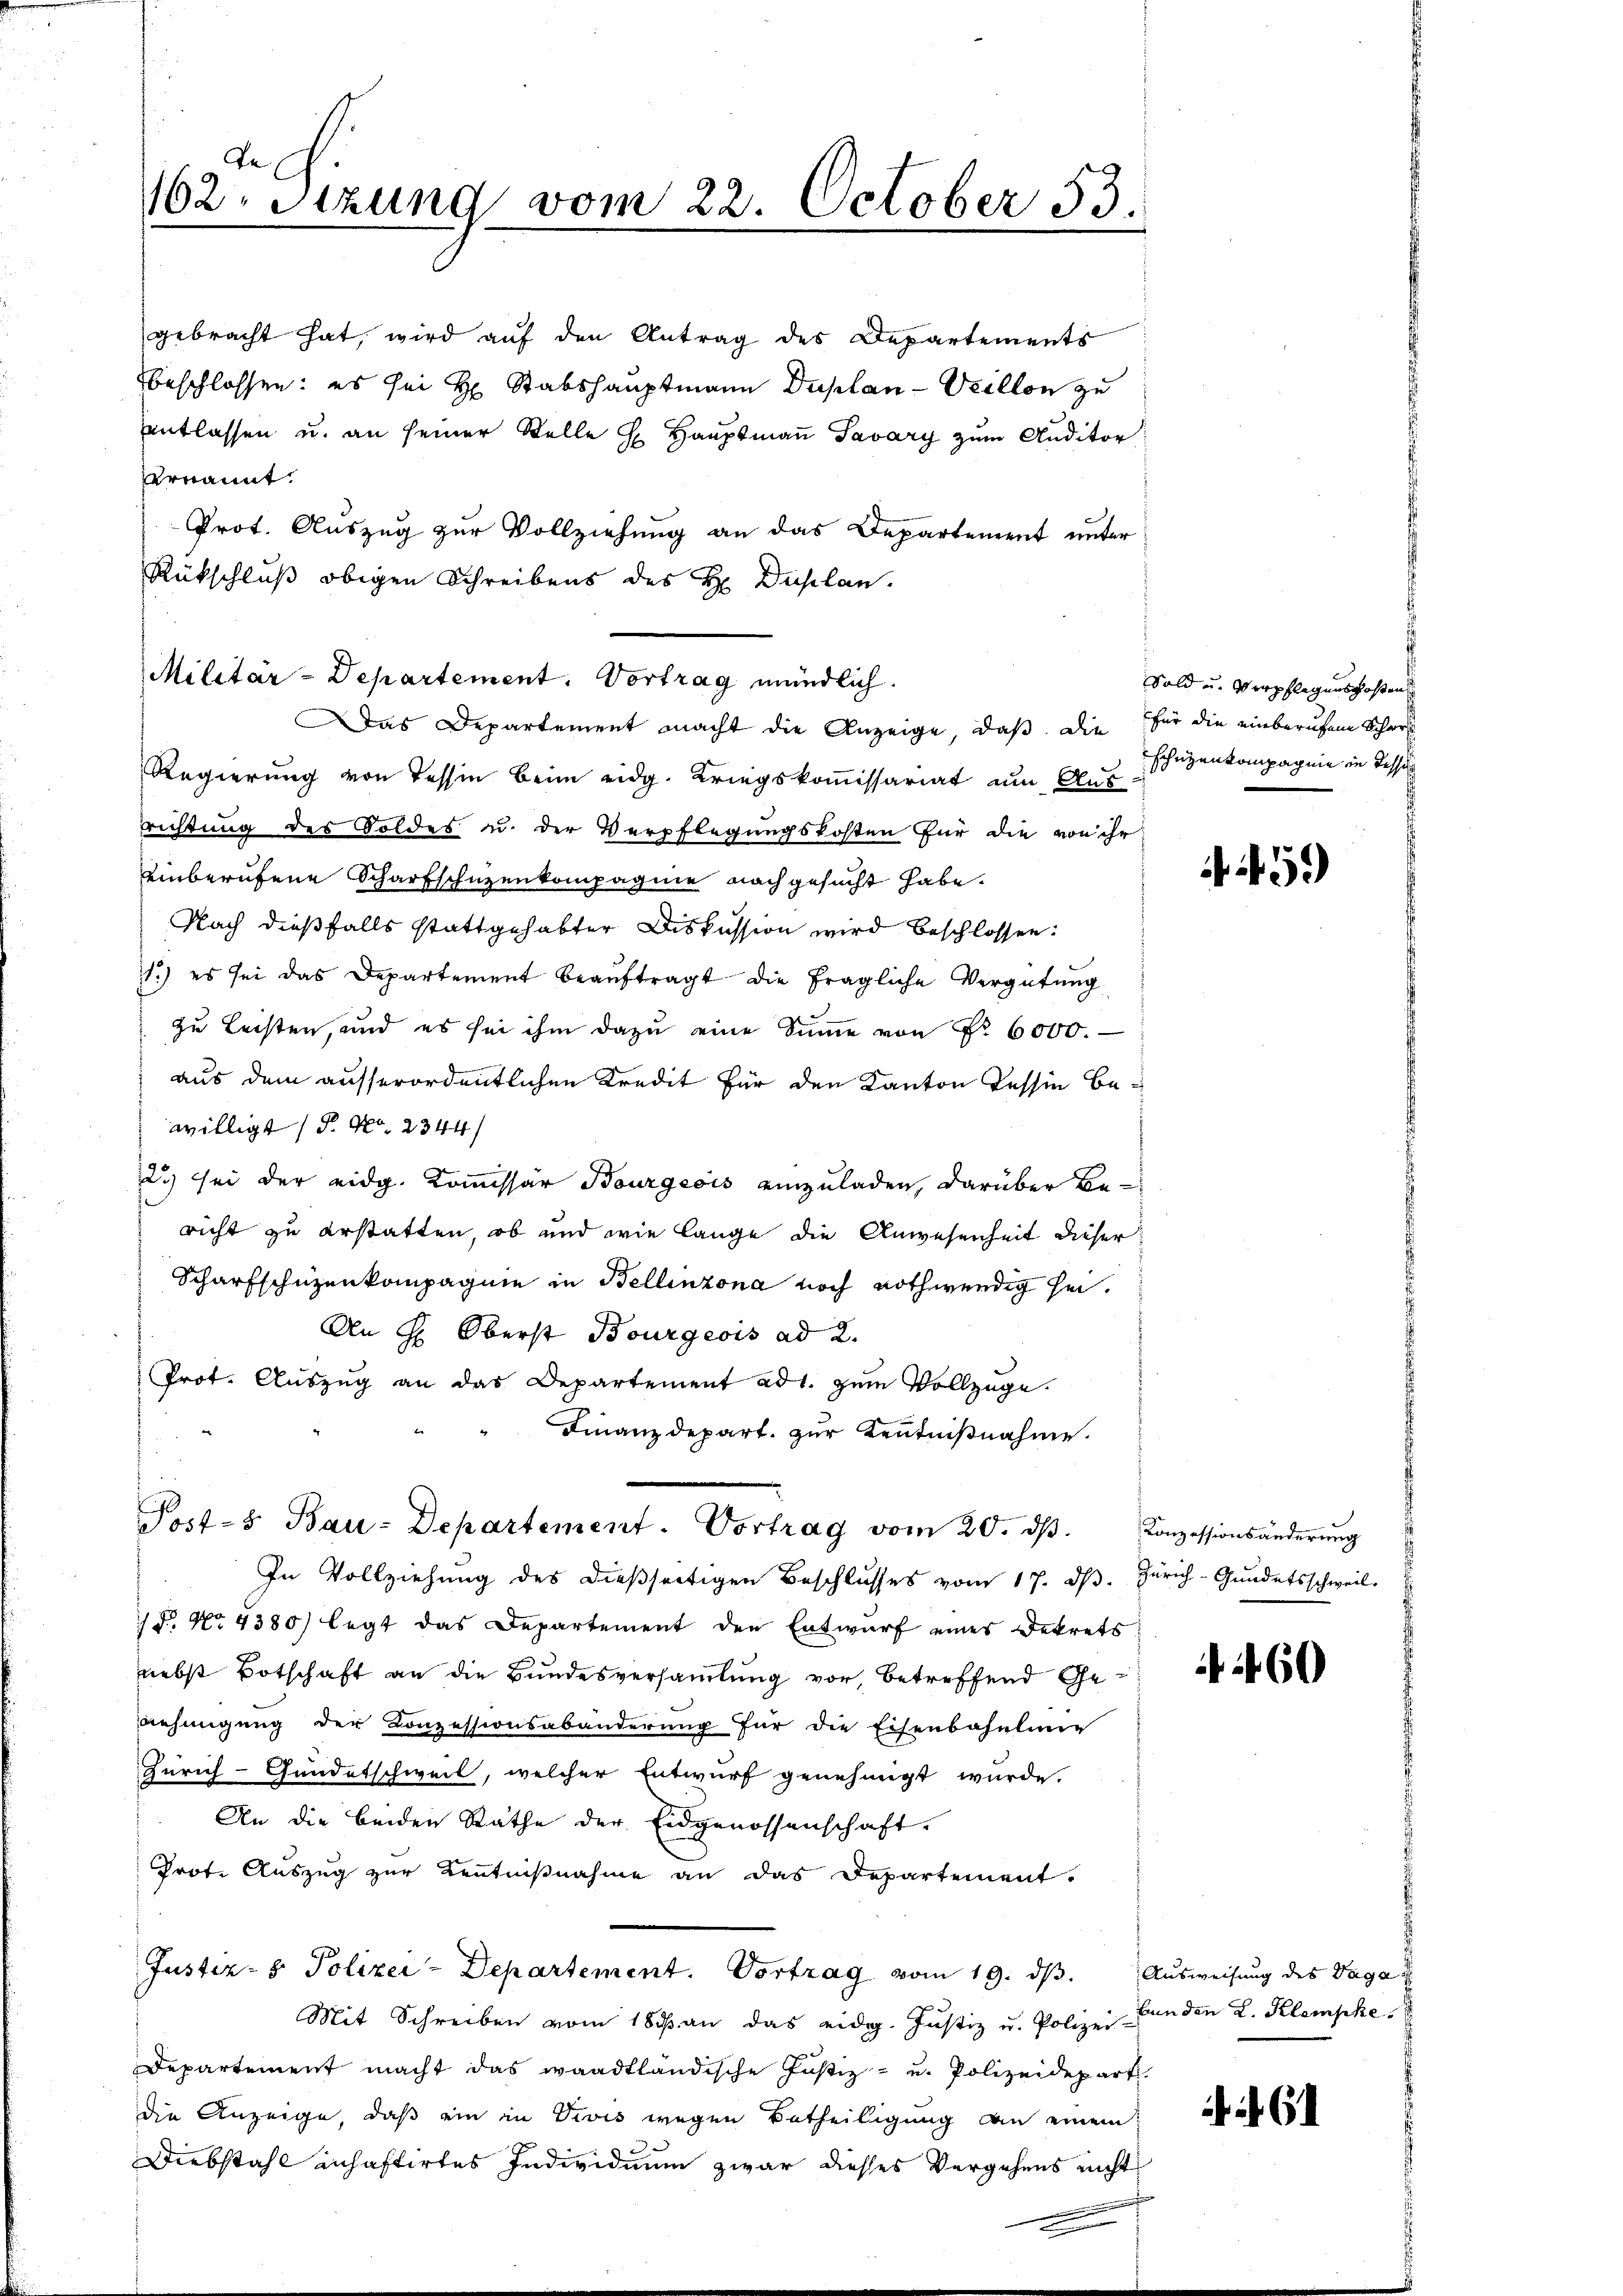
De
162. Sitzung vom 22. October 53

vernannt.
Militär-Departement. Vortrag mündlich.
Das Departement macht die Anzeige, daß die für die einberufene Schwe
Regierung von Tessin beim eidg. Kriegskommissariat um Aus-
richtung des Soldes u. der Verpflegungskosten für die von ihr
einberufene Scharfschüzenkompagnie nachgesucht habe.
Nach dießfalls stattgehabter Diskussion wird beschlossen:
11.) es sei das Departement beauftragt die fragliche Vergütung
zu Leisten, und es sei ihm dazu eine Summe von Nr. 6000.
aus dem ausserordentlichen Kredit für den Kanton Tessin bewilligt (P. Nr. 2344/
2.) sei der eidg. Kommissär Bourgeois einzuladen, darüber Bericht zu erstatten, ob und wie lange die Anwesenheit dieser
Scharfschüzenkompagnie in Bellinzona noch nothwendig sei¬
An H: Oberst Bourgeois ad 2.
Prot. Auszug an das Departement ad1. zum Vollzuge
Finanzdepart. zur Kenntnißnahme.
Post- Bau-Departement. Vortrag vom 20. dβ. Conzessionsänderŭng
In Vollziehung des dießseitigen Beschlŭsses vom 17. dβ. Zürich-Gŭndetsschweil.
/d. No. 4380) legt das Departement den Entwurf eines Dekrets
nebst Botschaft an die Bundesversammlung vor, betreffend Genehmigung der Conzessionsabänderung für die Eisenbahnling
Zürich-Gundetschweil, welcher Entwurf genehmigt wurde.
An die beiden Räthe der Eidgenossenschaft.
Prote Auszug zur Kenntnißnahme an das Departement.
Justiz- & Polizei-Departement. Vortrag vom 19. dβ.  Ausweisung des Vagan
Mit Schreiben vom 183 an das eidg. Jŭstiz u. Polizei- Landen L. Klemphe.
Departement macht das waadtländische Justiz- u. Polizeidepart.
die Anzeige, daß ein in Divis wegen Betheiligung an einem
Diebstahl inhaftirtes Individuum zwar diesses Vergehens nicht
.

gebracht hat, wird auf den Antrag des Departements
beschlossen: es sei H. Stabshauptmann Duplan -Veillon zu
Entlassen u. an seiner Stelle H. Hauptmaṅ Savary zum Auditor
Prot. Auszug zur Vollziehung an das Departement unter
Rückschluß obigen Schreibens des H. Duplan.

Sold u. Verpflegenskostens
Schüzenkompagnie in Tessin

)

60

6